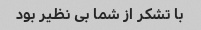
با تشکر از شما بی نظیر بود